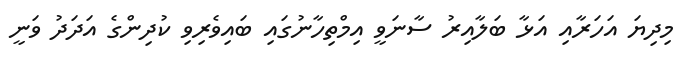
މިދިޔަ އަހަރާއި އަޅާ ބަލާއިރު ސާނަވީ އިމްތިހާނުގައި ބައިވެރިވި ކުދިންގެ އަދަދު ވަނީ